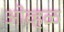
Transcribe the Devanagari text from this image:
ओव्हळ